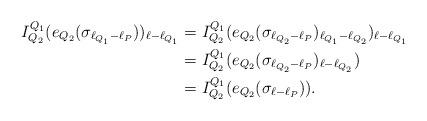
LaTeX: \begin{align*}I_{Q_2}^{Q_1}(e_{Q_2}(\sigma_{\ell_{Q_1} - \ell_P}))_{\ell - \ell_{Q_1}}& = I_{Q_2}^{Q_1}(e_{Q_2}(\sigma_{\ell_{Q_2} - \ell_P})_{\ell_{Q_1} - \ell_{Q_2}})_{\ell - \ell_{Q_1}}\\& = I_{Q_2}^{Q_1}(e_{Q_2}(\sigma_{\ell_{Q_2} - \ell_P})_{\ell - \ell_{Q_2}})\\& = I_{Q_2}^{Q_1}(e_{Q_2}(\sigma_{\ell - \ell_P})).\end{align*}